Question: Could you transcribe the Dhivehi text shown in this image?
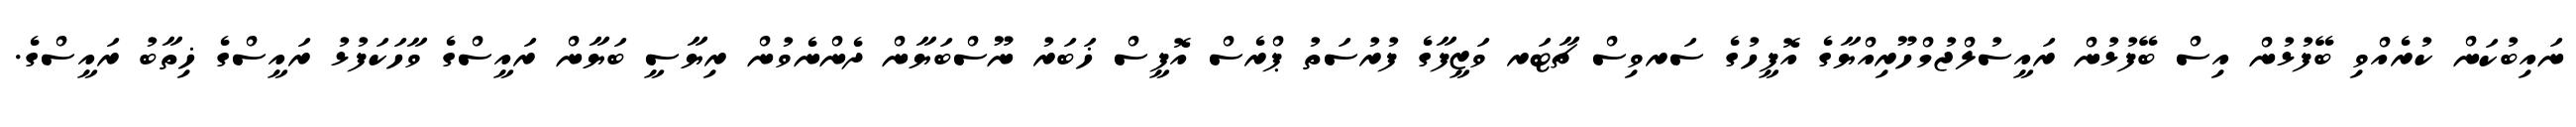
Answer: ނައިބުކަން ކުރެއްވި ބޭފުޅުން އިސް ބޭފުޅުން ރައީސުލްޖުމްހޫރިއްޔާގެ އޮފީހުގެ ސަރވިސް ޗާޓަރ ވަޒީފާގެ ފުރުސަތު ޕްރެސް އޮފީސް ޚަބަރު ނޫސްބަޔާން ދެންނެވުން ރިޔާސީ ބަޔާން ރައީސްގެ ވާހަކަފުޅު ރައީސްގެ ޚިތާބު ރައީސްގެ.